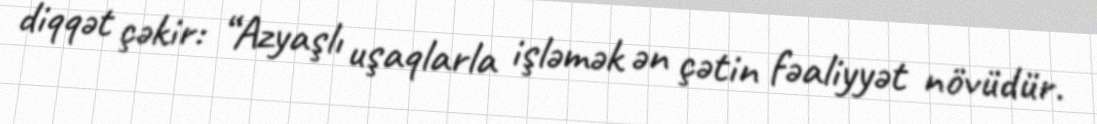
diqqət çəkir: “Azyaşlı uşaqlarla işləmək ən çətin fəaliyyət növüdür.